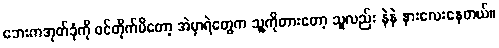
ဘေးကအုတ်ခုံကို ဝင်တိုက်မိတော့ အဲမှာရဲတွေက သူ့ကိုတားတော့ သူလည်း နဲနဲ နားလေးနေတယ်။